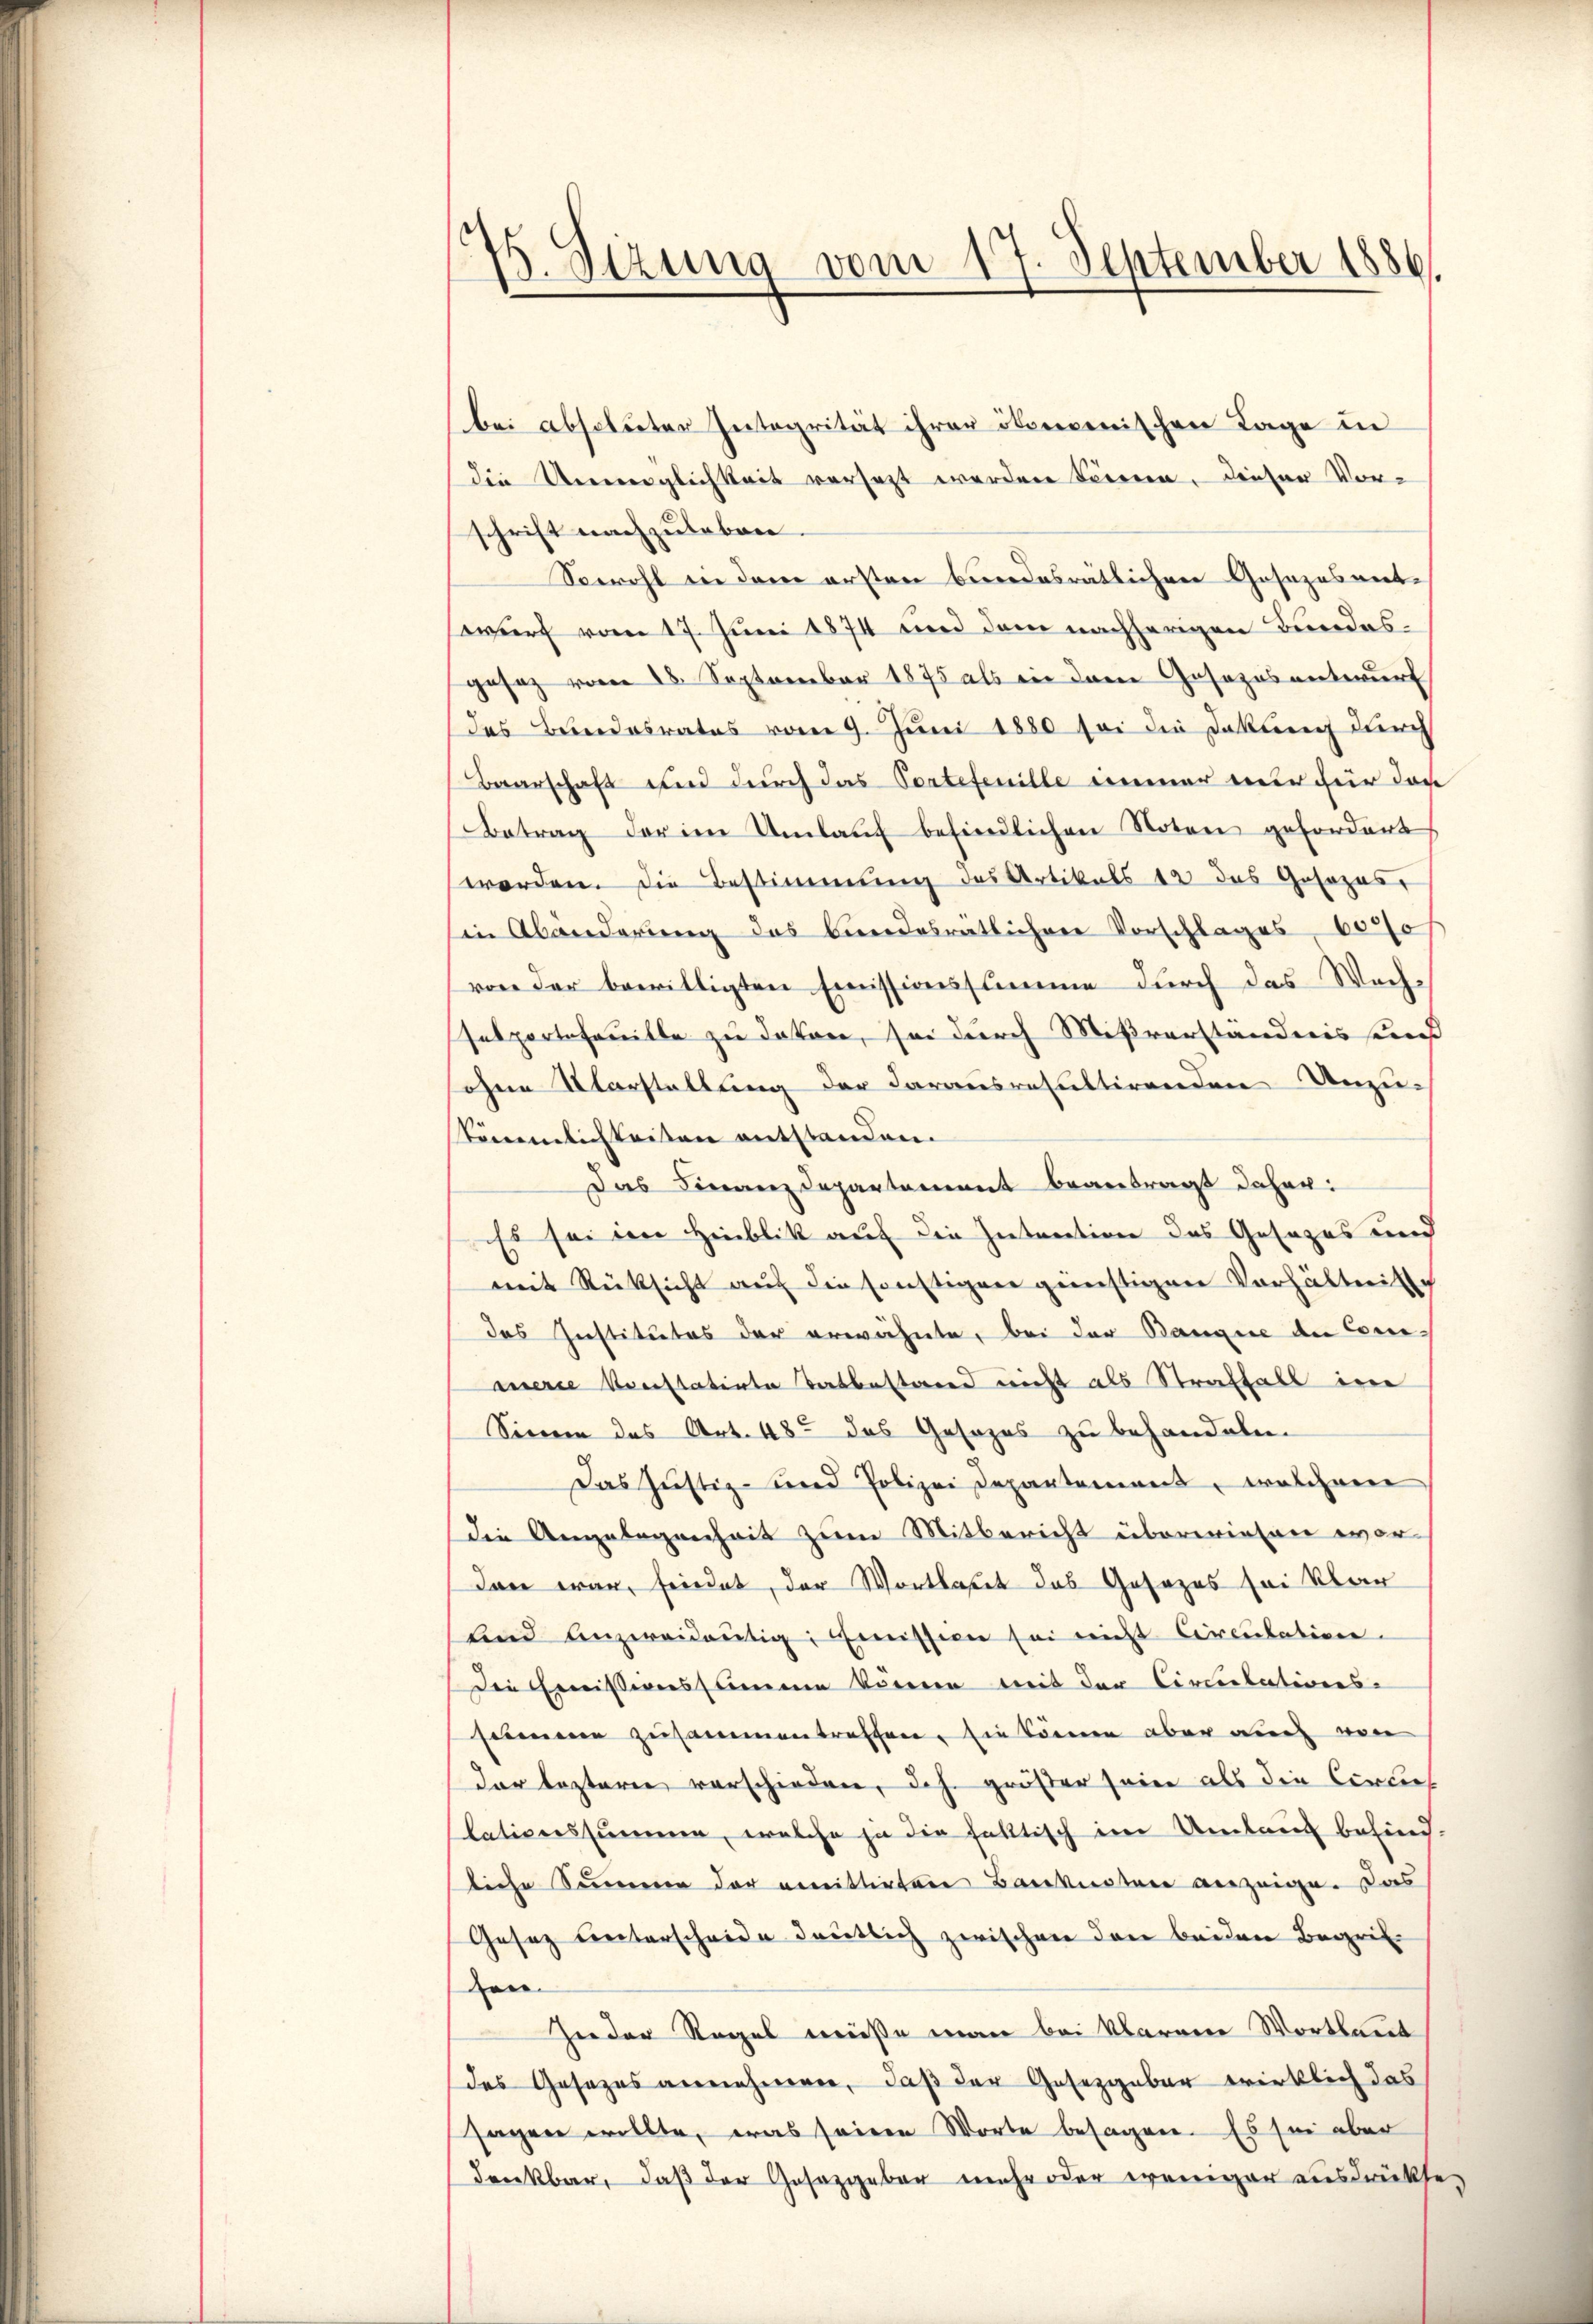
6. Sizung vom 17. September 1886.

bei absoluter Integrität ihrer ökoncenischen Lage in
die Umweglichkeit versetzt werden können. Dieser Vorschrift nachzuleben
Sowohl die dem ersten beendesrätlicher Gesezesverte
wurf vom 17. Juni 1874 und dem nachherigen Bundesgesez vom 28. September 1875 als ein dem Gesezesentwurf
das Bundesrates vom 9. Juni 1880 sei die Doktrin durch
Baarschaft und durch das Portefenille immer nur für das
Betrag der im Umlauf befindlichen Noten gefordert
worden. Die Bestimmung des Artikals 12 das Gesozner
in Abänderung des Bundesratlihrer Vorschlages 6000
von der bewilligten Emissionssumme durch das Wechselportefeuille zu daten, sei durch Mißverständnis sunst
ohne Vorstellung der darausresultirenden Unzu-
tönendlichkeiten entstanden.
Das Finanzdepartement beantragt daher:
Es sei im Hinblik auf die Interation des Gesezes und
mit Rücksicht auf die sonstigen günstigen Verhältnisse
das Institutes der erwähnte, bei der Banque der Conmerie konstatirte Tatbestand nicht als Straffall in
Sinen das Art. 48ten das Gesezes zu behandeln.
Das Justiz- und Polizei Departement, welchem
die Angelegenheit zum Mitbericht überwiesen wordan war, friedet, der Wortlaut das Gesezes sei klar
lnd unzweidentig, Emission sei nicht Circulation.
Die Emisseressammen können mit der Circulations-
samen zusammentreffen, sie können aber auch von
der leztere verschiedene, dch größer seien als die Certies
lationssummen, welche ja die faktisch im Umlauf befindliche Summenen der anmittirten Banknoten auszeige. Das
Gesez unterscheide deutlich zwischen den beiden Begrifzen.
Zieder Regel müsse man bei klarere Wortlaut
des Gesezes annehmen, daß der Gesetzgeber wirklich das
sagen wollte, was seinen Worte besagen. Es sei aber
dreckbar, daß der Gesazgeber mehr oder weniger ausdrückte